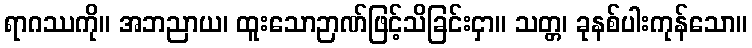
ရာဂဿကို။ အဘညာယ၊ ထူးသောဉာဏ်ဖြင့်သိခြင်းငှာ။ သတ္တ၊ ခုနစ်ပါးကုန်သော။